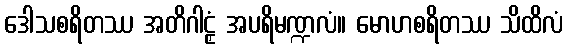
ဒေါသစရိတဿ အတိဂါဠှံ အပရိမဏ္ဍလံ။ မောဟစရိတဿ သိထိလံ